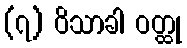
(၇) ဝိသာခါ ဝတ္ထု